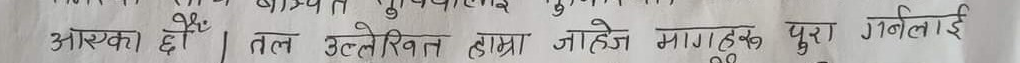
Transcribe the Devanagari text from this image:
आयका हों। तल उल्लेखित मामला दहेज माग्ने पुरा उन्हींलाई